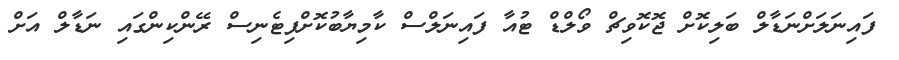
ފައިނަލަށްނަޑާލް ބަލިކޮށް ޖޮކޮވިޗް ވޯލްޑް ޓުއާ ފައިނަލްސް ކާމިޔާބުކޮށްފިޓެނިސް ރޭންކިންގައި ނަޑާލް އަށް